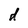
Character: d